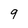
Character: 9